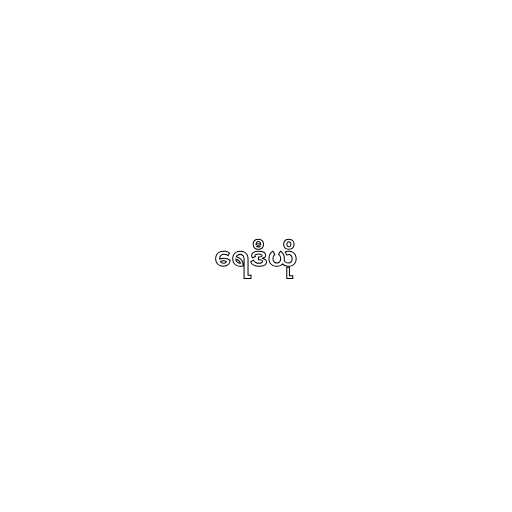
ရေဒီယို